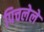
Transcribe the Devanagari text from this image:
पिचलेले